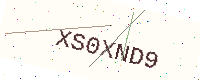
Text: XS0XND9